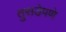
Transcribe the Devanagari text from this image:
तुसडेपणे